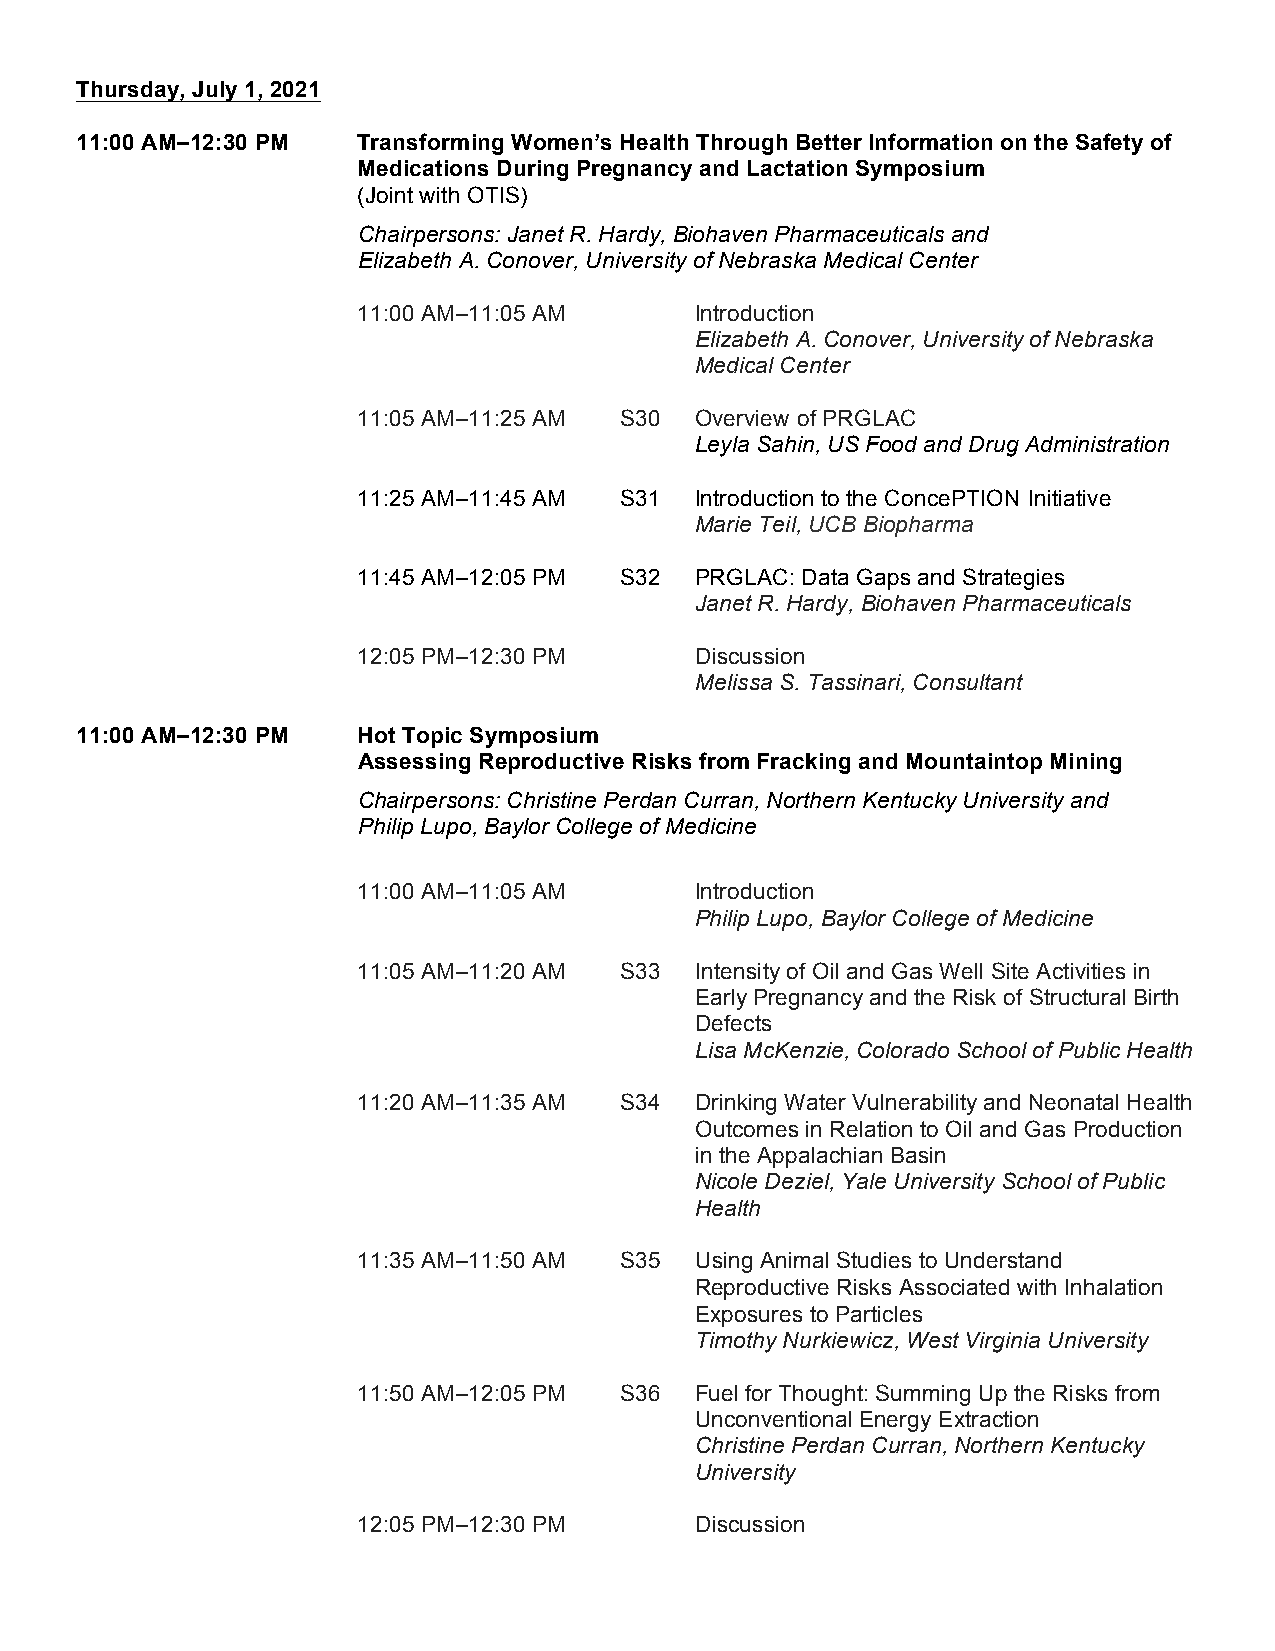
Thursday, July 1, 2021
 11:00 AM–12:30 PM  Transforming Women’s Health Through Better Information on the Safety of
 Medications During Pregnancy and Lactation Symposium
 (Joint with OTIS)
 Chairpersons: Janet R. Hardy, Biohaven Pharmaceuticals and
 Elizabeth A. Conover, University of Nebraska Medical Center
 11:00 AM–11:05 AM     Introduction
 Elizabeth A. Conover, University of Nebraska
 Medical Center
 11:05 AM–11:25 AM S30 Overview of PRGLAC
 Leyla Sahin, US Food and Drug Administration
 11:25 AM–11:45 AM S31 Introduction to the ConcePTION Initiative
 Marie Teil, UCB Biopharma
 11:45 AM–12:05 PM S32 PRGLAC: Data Gaps and Strategies
 Janet R. Hardy, Biohaven Pharmaceuticals
 12:05 PM–12:30 PM     Discussion
 Melissa S. Tassinari, Consultant
 11:00 AM–12:30 PM  Hot Topic Symposium
 Assessing Reproductive Risks from Fracking and Mountaintop Mining
 Chairpersons: Christine Perdan Curran, Northern Kentucky University and
 Philip Lupo, Baylor College of Medicine
 11:00 AM–11:05 AM     Introduction
 Philip Lupo, Baylor College of Medicine
 11:05 AM–11:20 AM S33 Intensity of Oil and Gas Well Site Activities in
 Early Pregnancy and the Risk of Structural Birth
 Defects
 Lisa McKenzie, Colorado School of Public Health
 11:20 AM–11:35 AM S34 Drinking Water Vulnerability and Neonatal Health
 Outcomes in Relation to Oil and Gas Production
 in the Appalachian Basin
 Nicole Deziel, Yale University School of Public
 Health
 11:35 AM–11:50 AM S35 Using Animal Studies to Understand
 Reproductive Risks Associated with Inhalation
 Exposures to Particles
 Timothy Nurkiewicz, West Virginia University
 11:50 AM–12:05 PM S36 Fuel for Thought: Summing Up the Risks from
 Unconventional Energy Extraction
 Christine Perdan Curran, Northern Kentucky
 University
 12:05 PM–12:30 PM     Discussion